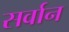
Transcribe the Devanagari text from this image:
सर्वान